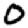
Digit: 0